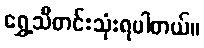
ရွှေ့သီတင်းသုံးရပါတယ်။